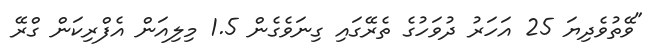
"ވޭތުވެދިޔަ 25 އަހަރު ދުވަހުގެ ތެރޭގައި ގިނަވެގެން 1.5 މިލިއަން އެފްރިކަން ގްރޭ